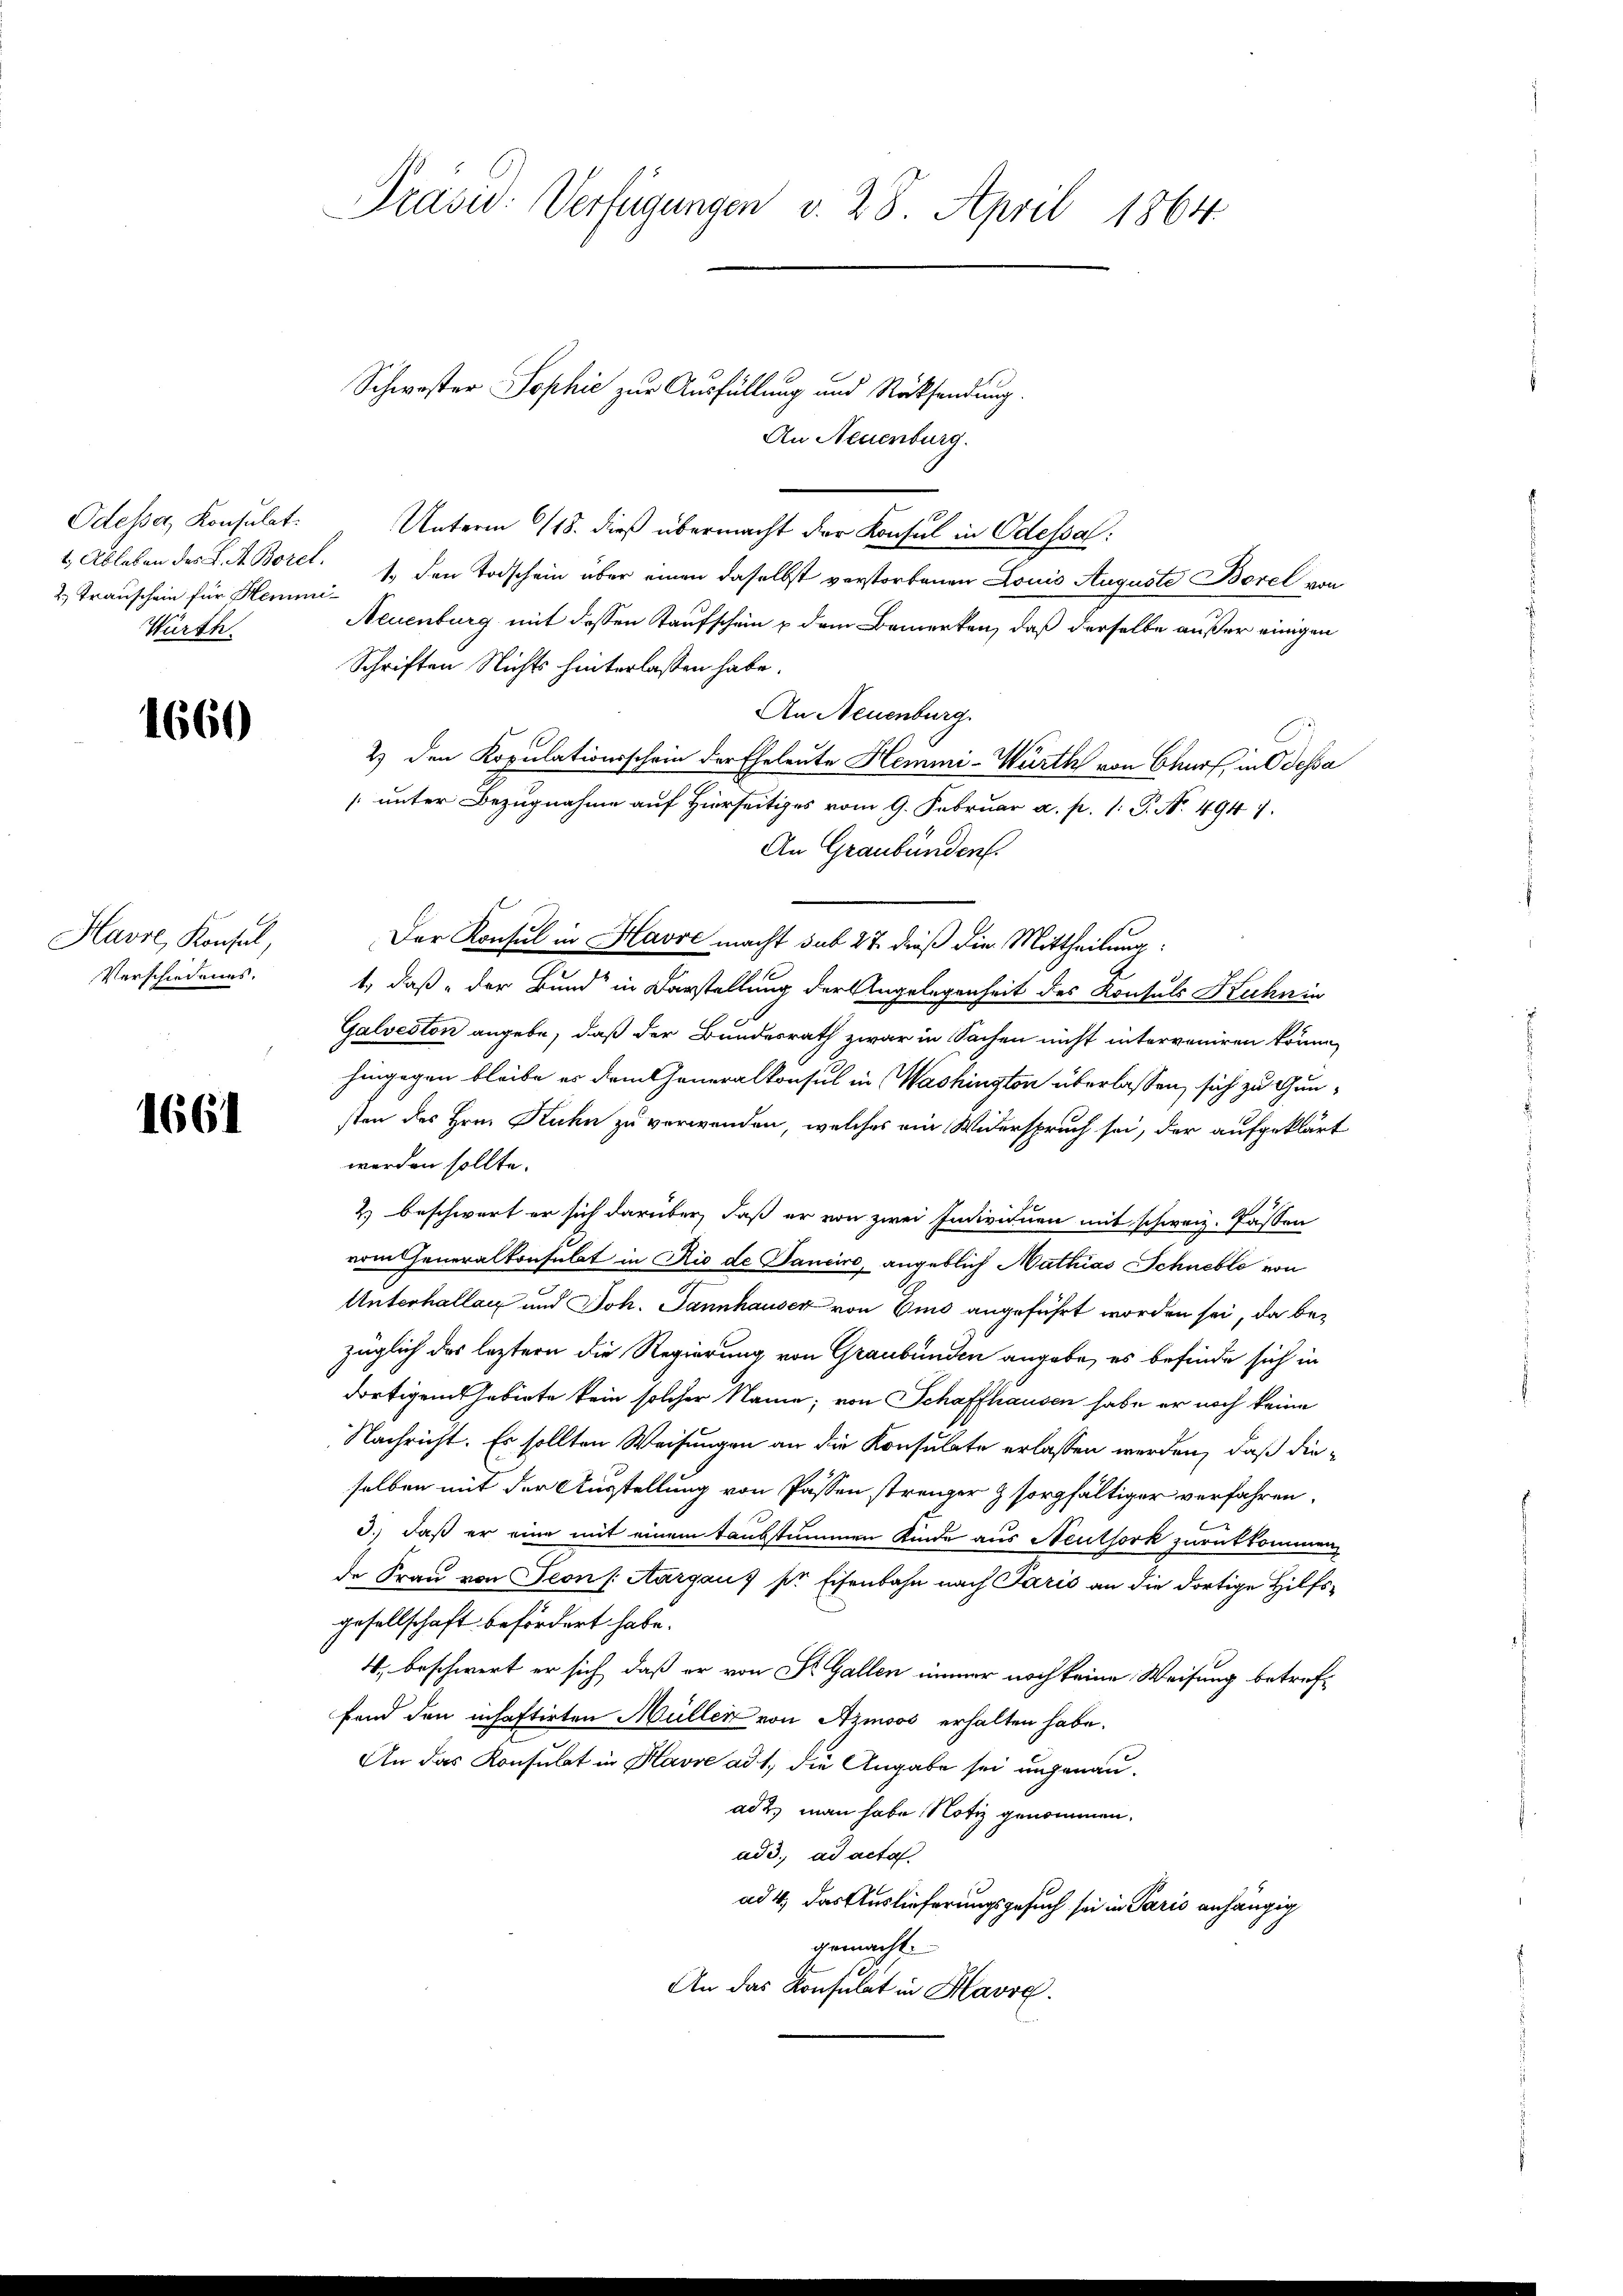
t. Ableben des L. St. Borel.
2. Transchein für Hemmi¬
Würth

1660

Havre, Konsul,
Verschiedenes.

1661

Präsid. Verfügungen v. 28. April 1864.

An Neuenburg.
Odessa, Konsulat. Unterm 118. dieß übermacht der Konsul in Odessal
1.) Den Todschein über einen daselbst verstorbenen Louis Auguste Borel von
Neuenburg mit dessen Taufschein u dem Bemerken, daß derselbe außer einigen
Schriften Nichts hinterlassen habe.
An Neuenburg.
2) den Kopulationsschein der Eheleute Hemmi-Würth von Churf, in Odessa
[unter Bezugnahme auf Hierseitiges vom 9. Februar a. p. 1: P. N. 4947.
An Graubünden.
Der Konsul in Havre macht sub 27. dieß die Mittheilung
t., daß der Bund“ in Darstellung der Angelegenheit des Konsuls Kuhn in
Galveston angebe, daß der Bundesrath zwar in Sachen nicht interveniren könne,
hingegen bleibe es dem Generalkonsul in Washington überlassen, sich zu Gunsten des Hrn. Kuhn zu verwenden, welches ein Widerspruch sei, der aufgeklärt
werden sollte.
2.) beschwart er sich darüber, daß er von zwei Individuen mit schweiz. Passen
vom Generalkonsulat in Rio de Sancire, angeblich Mathias Schnelle von
Unterhallan und Joh. Jannhauser von Eis angeführt worden sei, da bezüglich des leztern die Regierung von Graubünden angebe, es befinde sich in
dortigem Gebiete kein solcher Name; von Schaffhausen habe er noch keine
Nachricht. Es sollten Weisungen an die Konsulate erlassen werden, daß die-
selben mit der Ausstellung von Passen strenger & sorgfältiger verfahren,
d.) daß er eine mit einem taubstummen Kinde aus Neuthork zurükkommen,
de Frau von Seon /: Aargauf pr Eisenbahn nach Paris an die dortige Hilfsgesellschaft befördert habe.
4, beschwert er sich, daß er von St. Gallen immer noch keine Weisung betreffend den inhaftirten Müller von Azmoos erhalten habe.
An das Konsulat in Havre ad 1., die Angabe sei ungenauad 2. man habe Notiz genommen.
add. ad acta
ad 4, das Auslieferungsgesuch sei in Paris anhängig
gemacht.
An das Konsulat in Havre

Schwester Sophie zur Ausfüllung und Rücksendung.